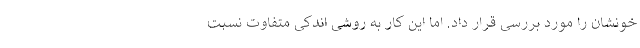
خونشان را مورد بررسی قرار داد. اما این کار به روشی اندکی متفاوت نسبت